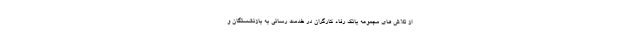
از تلاش های مجموعه بانک رفاه کارگران در خدمت رسانی به بازنشستگان و